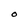
Character: O